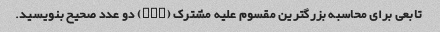
تابعی برای محاسبه بزرگترین مقسوم علیه مشترک (GCD) دو عدد صحیح بنویسید.